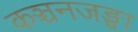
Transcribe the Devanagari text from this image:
कञ्चनजङ्घा